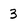
Character: 3